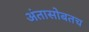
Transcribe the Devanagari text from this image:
अंतासोबतच